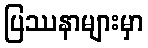
ပြဿနာများမှာ